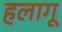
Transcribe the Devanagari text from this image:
हलागू